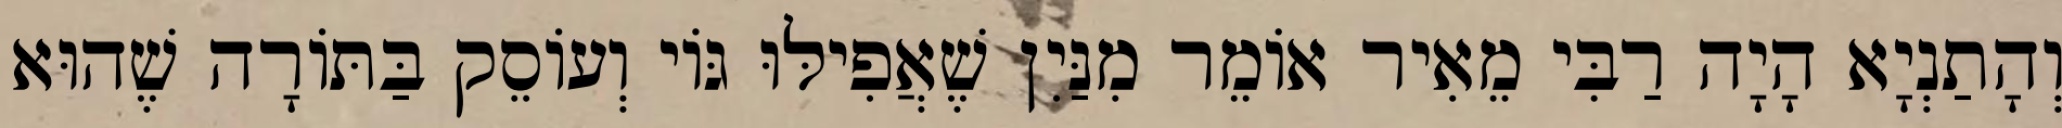
וְהָתַנְיָא הָיָה רַבִּי מֵאִיר אוֹמֵר מִנַּיִן שֶׁאֲפִילּוּ גּוֹי וְעוֹסֵק בַּתּוֹרָה שֶׁהוּא